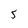
Character: 5